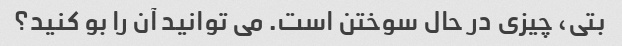
بتی، چیزی در حال سوختن است. می توانید آن را بو کنید؟